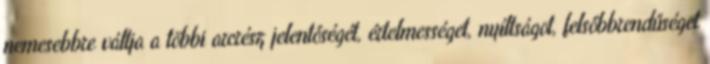
nemesebbre váltja a többi arcrész jelentőségét, értelmességet, nyíltságot, felsőbbrendűséget